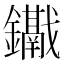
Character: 𨯱